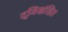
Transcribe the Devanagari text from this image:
द्विखंडित